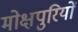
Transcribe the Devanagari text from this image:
मोक्षपुरियों